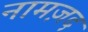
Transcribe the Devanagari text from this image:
नामज़द